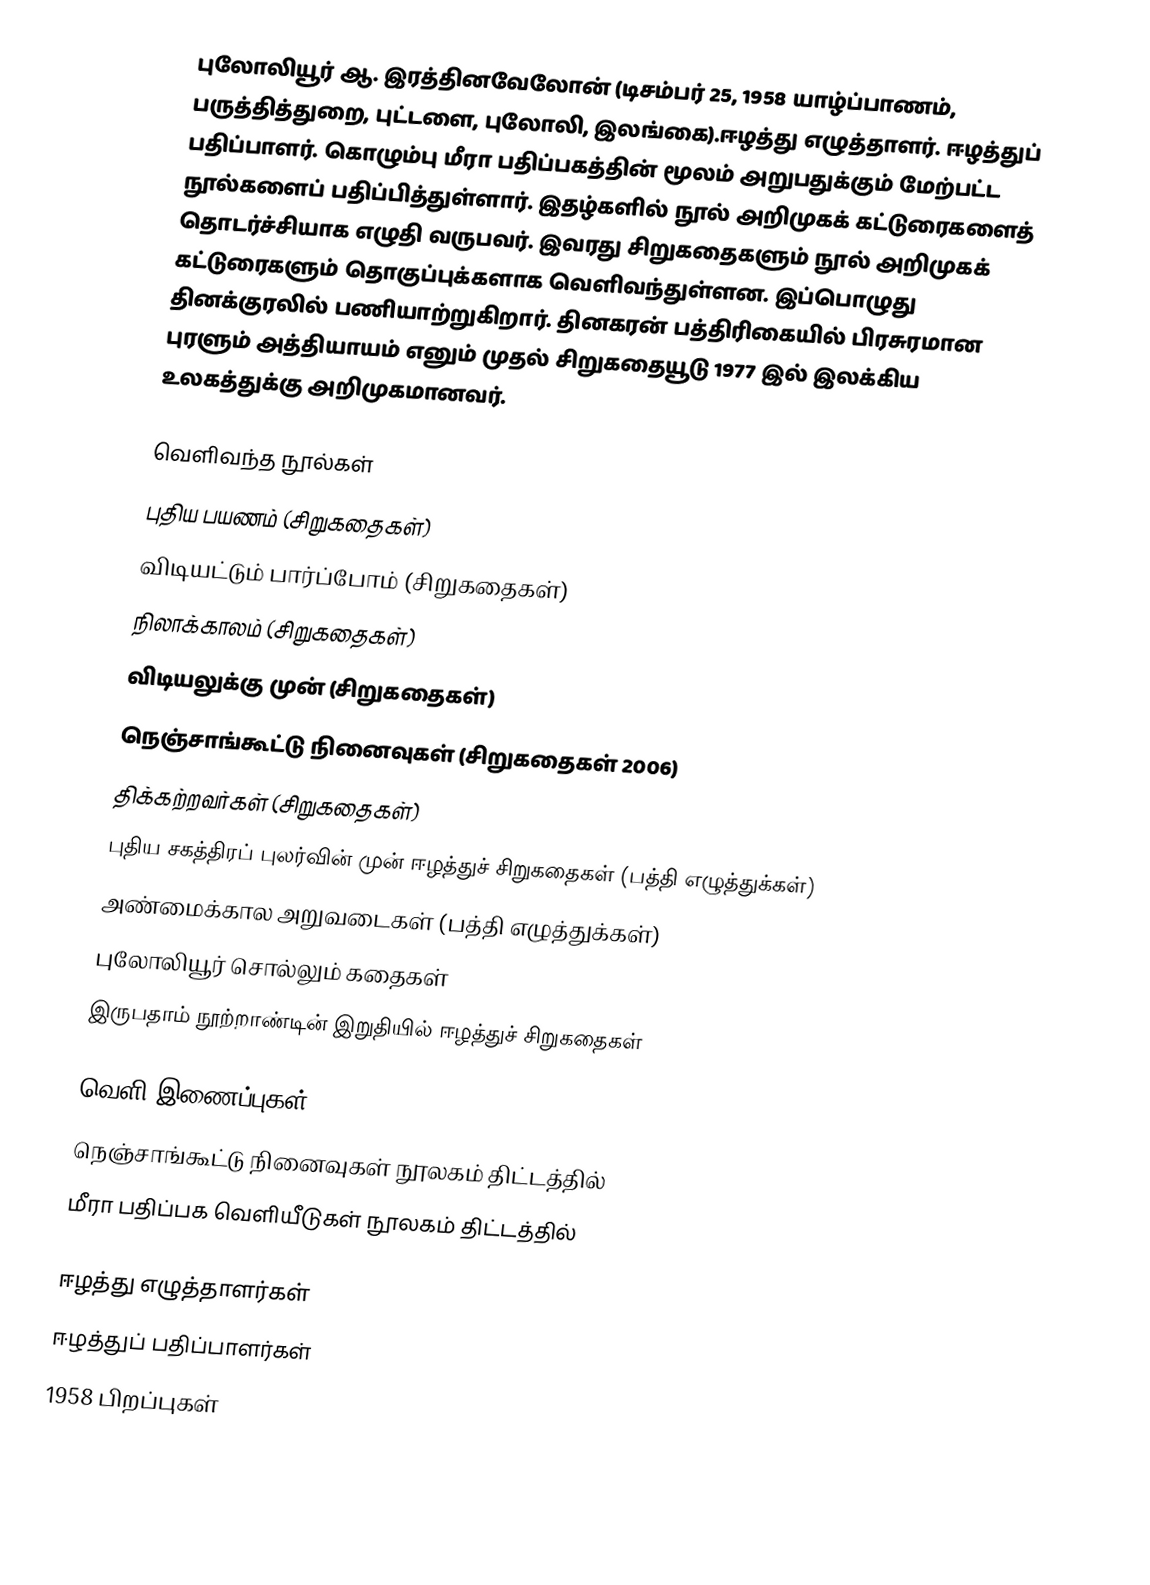
புலோலியூர் ஆ. இரத்தினவேலோன் (டிசம்பர் 25, 1958 யாழ்ப்பாணம், பருத்தித்துறை, புட்டளை, புலோலி, இலங்கை).ஈழத்து எழுத்தாளர். ஈழத்துப் பதிப்பாளர். கொழும்பு மீரா பதிப்பகத்தின் மூலம் அறுபதுக்கும் மேற்பட்ட நூல்களைப் பதிப்பித்துள்ளார். இதழ்களில் நூல் அறிமுகக் கட்டுரைகளைத் தொடர்ச்சியாக எழுதி வருபவர். இவரது சிறுகதைகளும் நூல் அறிமுகக் கட்டுரைகளும் தொகுப்புக்களாக வெளிவந்துள்ளன. இப்பொழுது தினக்குரலில் பணியாற்றுகிறார். தினகரன் பத்திரிகையில் பிரசுரமான புரளும் அத்தியாயம் எனும் முதல் சிறுகதையூடு 1977 இல் இலக்கிய உலகத்துக்கு அறிமுகமானவர்.

வெளிவந்த நூல்கள்
 புதிய பயணம் (சிறுகதைகள்)
 விடியட்டும் பார்ப்போம் (சிறுகதைகள்)
 நிலாக்காலம் (சிறுகதைகள்)
 விடியலுக்கு முன் (சிறுகதைகள்)
 நெஞ்சாங்கூட்டு நினைவுகள் (சிறுகதைகள் 2006)
 திக்கற்றவர்கள் (சிறுகதைகள்)
 புதிய சகத்திரப் புலர்வின் முன் ஈழத்துச் சிறுகதைகள் (பத்தி எழுத்துக்கள்)
 அண்மைக்கால அறுவடைகள் (பத்தி எழுத்துக்கள்)
 புலோலியூர் சொல்லும் கதைகள்
 இருபதாம் நூற்றாண்டின் இறுதியில் ஈழத்துச் சிறுகதைகள்

வெளி இணைப்புகள்
 நெஞ்சாங்கூட்டு நினைவுகள் நூலகம் திட்டத்தில்
 மீரா பதிப்பக வெளியீடுகள் நூலகம் திட்டத்தில்

ஈழத்து எழுத்தாளர்கள்
ஈழத்துப் பதிப்பாளர்கள்
1958 பிறப்புகள்